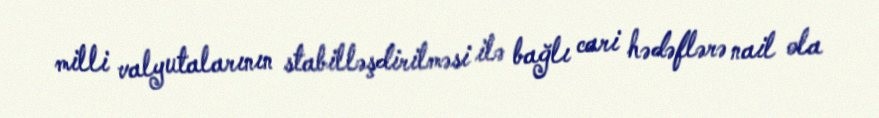
milli valyutalarının stabilləşdirilməsi ilə bağlı cari hədəflərə nail ola